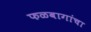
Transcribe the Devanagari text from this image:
फळबागांचा